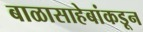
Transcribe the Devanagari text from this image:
बाळासाहेबांकडून